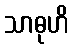
သာဓုဟိ